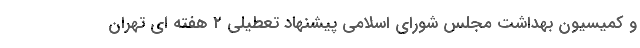
و کمیسیون بهداشت مجلس شورای اسلامی پیشنهاد تعطیلی ۲ هفته ای تهران